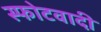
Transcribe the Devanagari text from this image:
स्फोटवादी